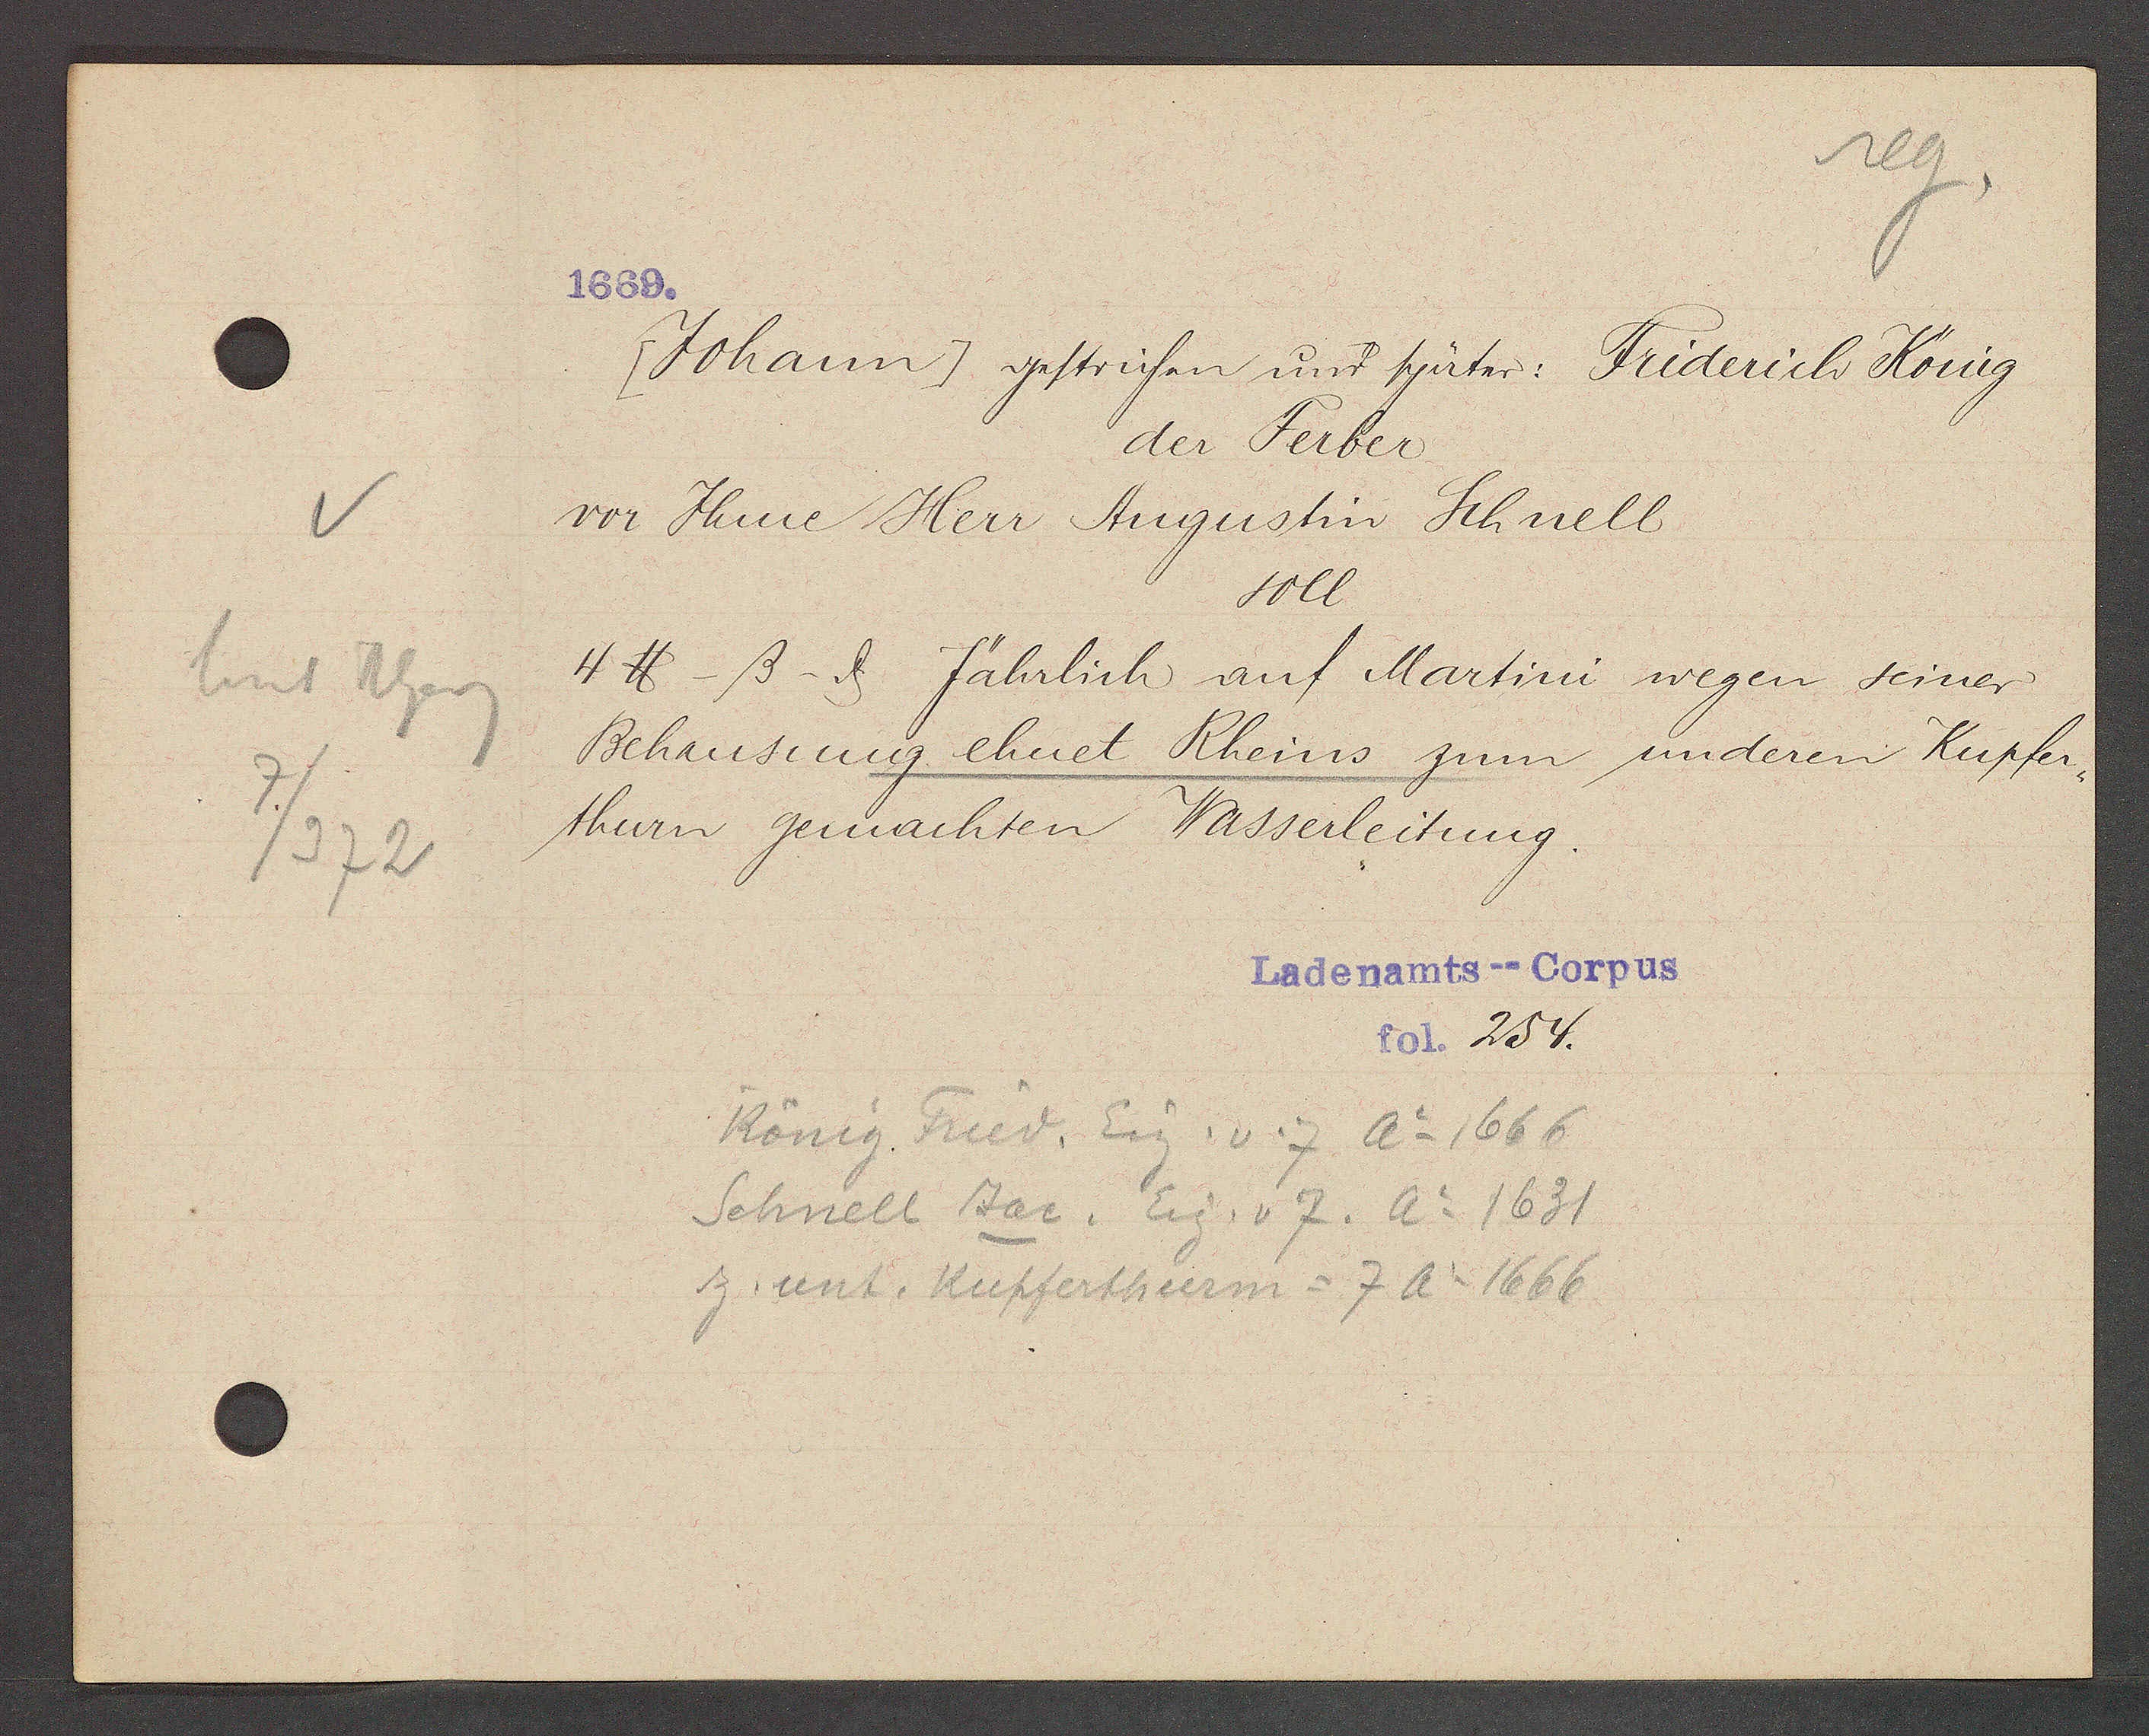
Transcript:
hint Rheing
7/372

1669.

Johann gestrichen und später: Friderich König
der Ferber
vor Ihme Herr Augustin Schnell
soIl
4℔- ß- ȡ Jährlich auf Martini wegen seiner
Behausung ehuet Rheins zum underen Kupfer,
thurn gemachten Wasserleitung.

Ladenamts--Corpus
fol. 254.

König Fried. Eig. v. 7 Ao 1666
Schnell Jac. Eig. v 7. Ao 1631
z. unt. Kupferthurm = 7 Ao 1666